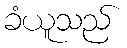
ခံယူသည်